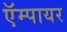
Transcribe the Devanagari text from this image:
ऍम्पायर